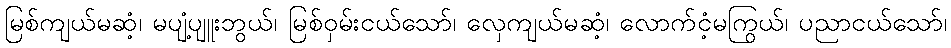
မြစ်ကျယ်မဆံ့၊ မပျံ့ပျူးဘွယ်၊ မြစ်ဝှမ်းငယ်သော်၊ လှေကျယ်မဆံ့၊ လောက်ငံ့မကြွယ်၊ ပညာငယ်သော်၊